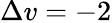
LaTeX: \Delta v=-2